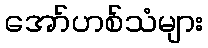
အော်ဟစ်သံများ